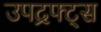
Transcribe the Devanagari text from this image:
उपद्रफ्ट्स